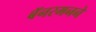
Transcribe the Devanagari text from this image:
बॅनरमनने